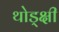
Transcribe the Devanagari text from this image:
थोड्क्षी